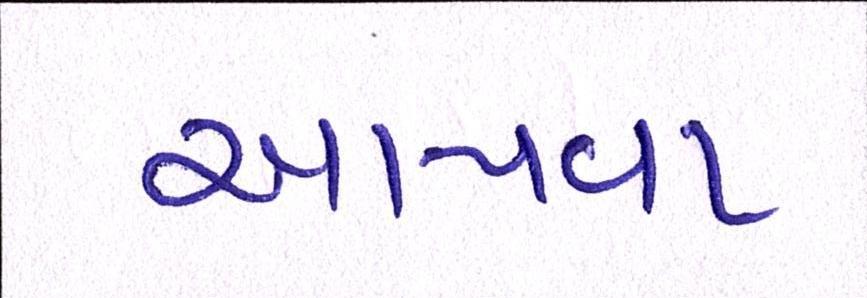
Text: આપવા